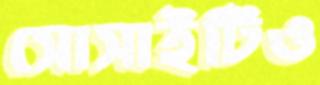
সোসাইটিও